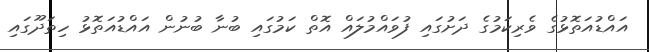
އައްޑުއަތޮޅުގެ ވެރިކަމުގެ ދަށުގައި ފުވައްމުލައް އޮތް ކަމުގައި ބުނާ ބުނުން އައްޑުއަތޮޅު ހިތަދޫގައި